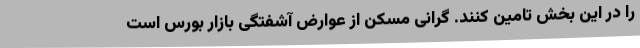
را در این بخش تامین کنند. گرانی مسکن از عوارض آشفتگی بازار بورس است